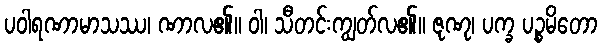
ပဝါရဏာမာသဿ၊ ဏာလ၏။ ဝါ၊ သီတင်းကျွတ်လ၏။ ဇုဏု၊ ပက္ခ ပဉ္စမိတော